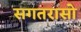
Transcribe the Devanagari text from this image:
सगतरासो